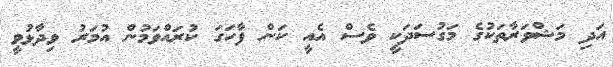
އަދި މަޝްވަރާތަކުގެ މަގުސަދަކީ ވެސް އެއީ ކަން ފާހަގަ ކުރައްވަމުން އުމަރު ވިދާޅުވީ